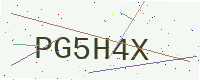
Text: PG5H4X